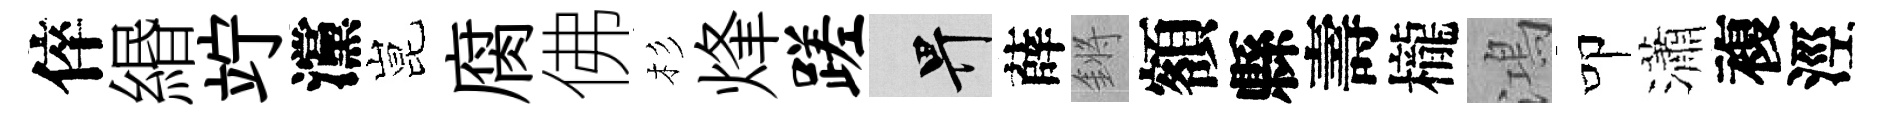
倅緡竚灙昆腐佛杉烽蹉畀薛鏘額縣壽櫳鴻叩瀟複涇